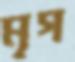
মৃগ